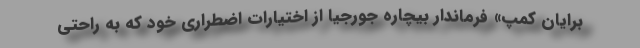
برایان کمپ» فرماندار بیچاره جورجیا از اختیارات اضطراری خود که به راحتی